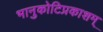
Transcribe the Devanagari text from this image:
भानुकोटिप्रकाशम्